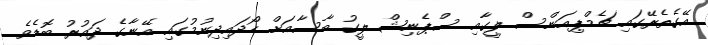
އޭގެތެރޭގައި ޗެމްޕިއަންސް ލީގާއި ސްޕެނިޝް ލީގު ބާސާއަށް ހޯދައިދިނުމުގައި އޭނާގެ ދައުރު ބޮޑެވެ.